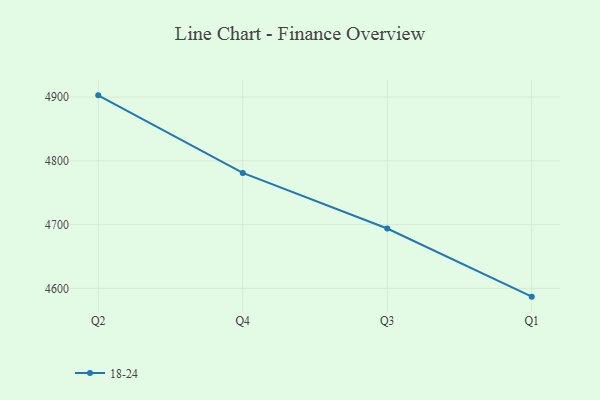
{"axis": {"x": "Quarter", "y": "Waste Production (Tons)"}, "legend": ["18-24"], "data": [{"x": "Q2", "y": 4902.6, "type": "18-24"}, {"x": "Q4", "y": 4781.0, "type": "18-24"}, {"x": "Q3", "y": 4693.9, "type": "18-24"}, {"x": "Q1", "y": 4587.1, "type": "18-24"}]}